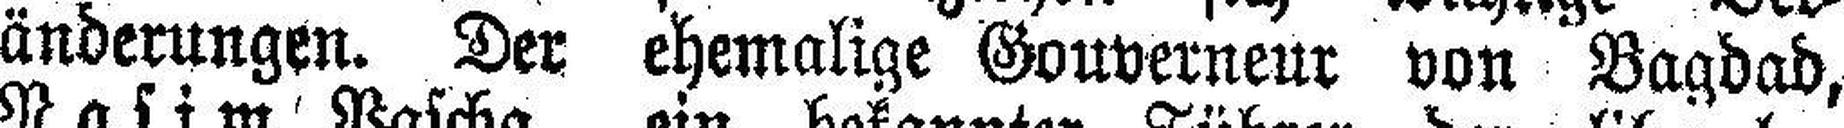
änderungen. Der ehemalige Gouverneur von Bagdad,